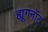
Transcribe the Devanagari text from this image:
ह्यूगनॉट